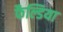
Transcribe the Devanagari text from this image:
फैल्डिया